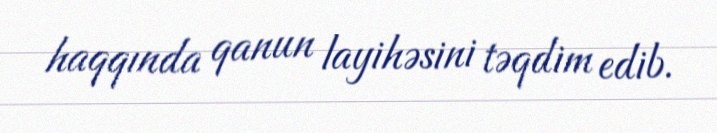
haqqında qanun layihəsini təqdim edib.